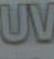
W